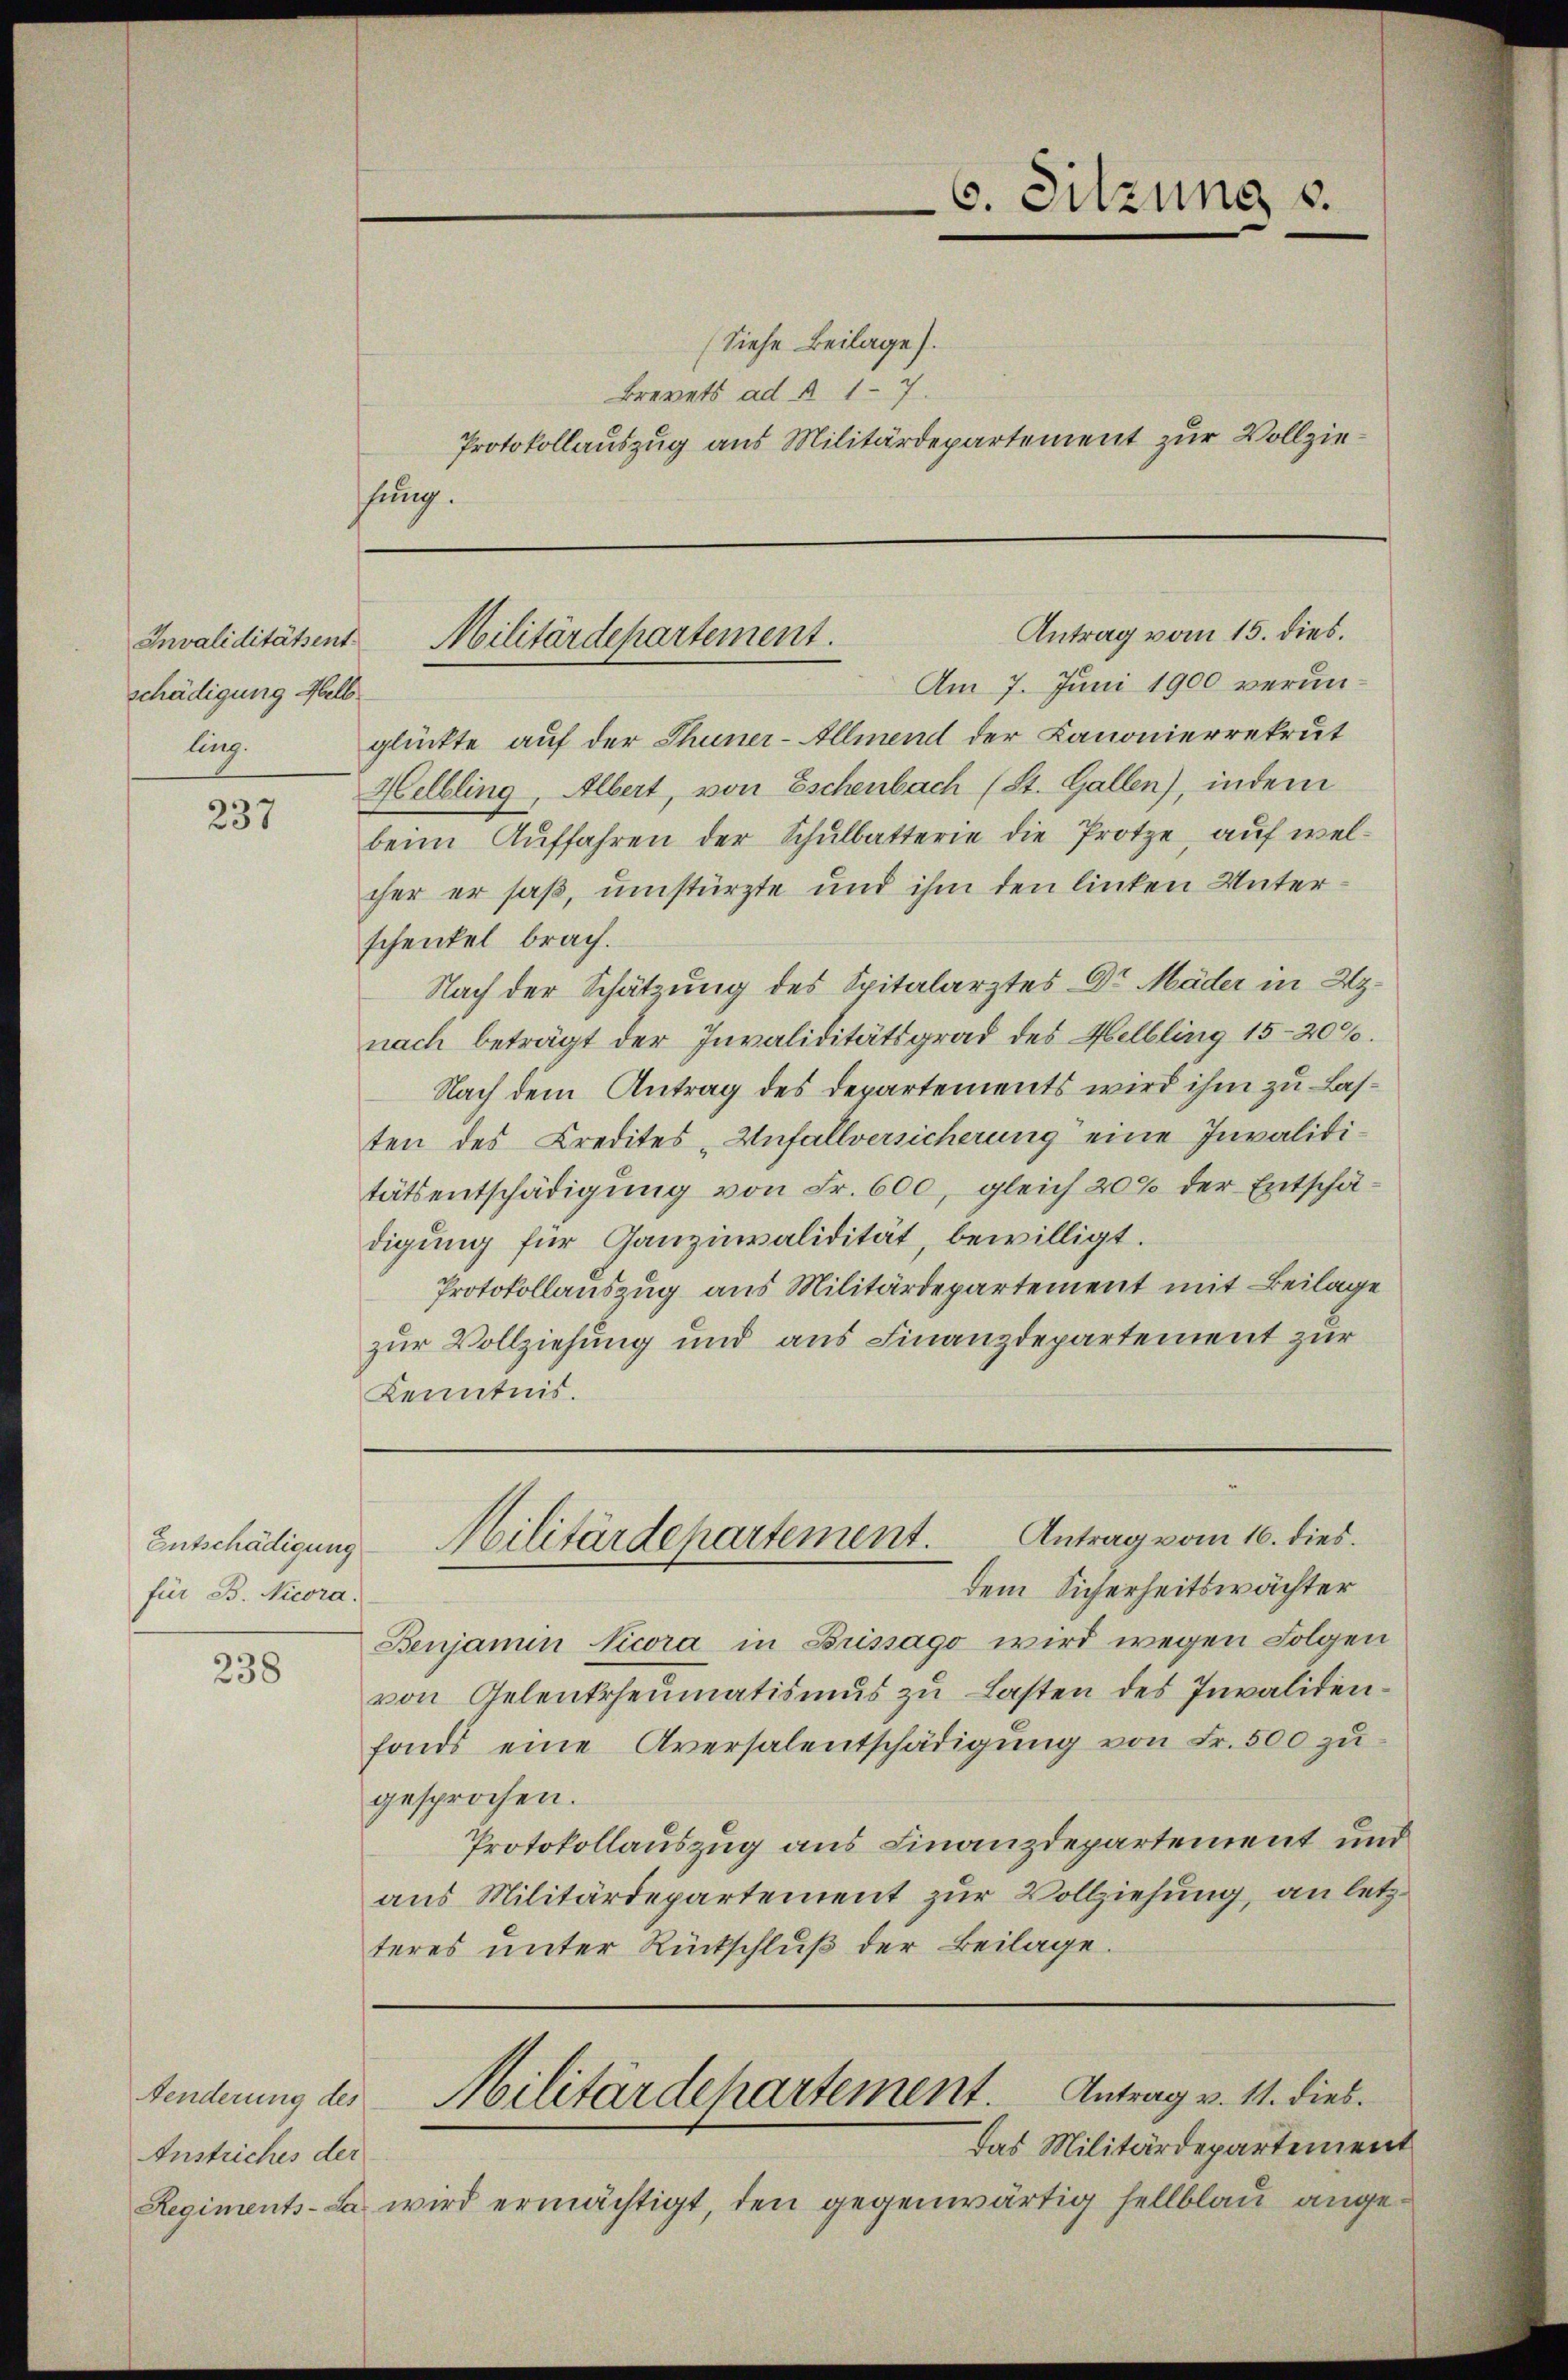
Invaliditätsent.
schädigung Hell
ling.

237

Entschädigung
für B. Nicora.

238

Anstriches der

glückte auf der Thuner-Allmend der Kanonierrekrut
Helbling, Albert, von Eschenbach (St. Gallen), indem
beim Aŭffahren der Schulbatterie die Protze, auf welcher er saß, umstürzte und ihm den linken Unterschenkel brach.
Nach der Schätzung des Spitalarztes Dr Mäder in Uznach beträgt der Invaliditätsgrad des Helbling 15-20%.
Nach dem Antrag des Departements wird ihm zu Lasten des Credites „Unfallversicherung eine Invalititätsentschädigung von Fr. 600, gleich 20% der Entschädigung für Ganzinvalidität, bewilligt.
Protokollauszug aus Militärdepartement mit Beilage
zur Vollziehung und aus Finanzdepartement zur
Kenntnis.

(Siehe Beilage).
Brevets ad § 17.
Protokollauszug aus Militärdepartement zur Vollzieung.

dem Sicherheitswächter
Benjamin Vicora in Brissago wird wegen Folgen
von Gelentheumatismus zu Lasten des Invalidenfonds eine Aversalentschädigung von Fr. 500 zu-
gesprochen.
Protokollauszug aus Finanzdepartement und
aus Militärdepartement zur Vollziehung, an letzteres unter Rückschluß der Beilage.

6. Sitzung v.

Antrag vom 15. dies.
Militärdepartement.
Am 7. Juni 1900 verun¬

Militärdepartement. Antrag vom 16. dies

Fenderung des Militärdepartement. Antrag v. 11. dies

Das Militärdepartement
Regiments-La wird ermächtigt, den gegenwärtig sellblau ange¬